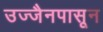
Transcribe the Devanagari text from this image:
उज्जैनपासून